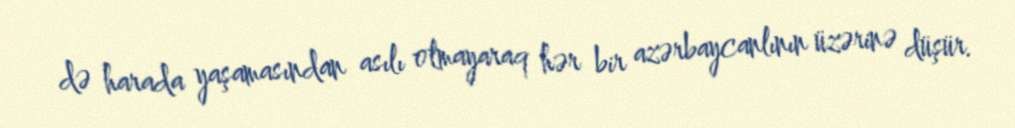
də harada yaşamasından asılı olmayaraq hər bir azərbaycanlının üzərinə düşür.